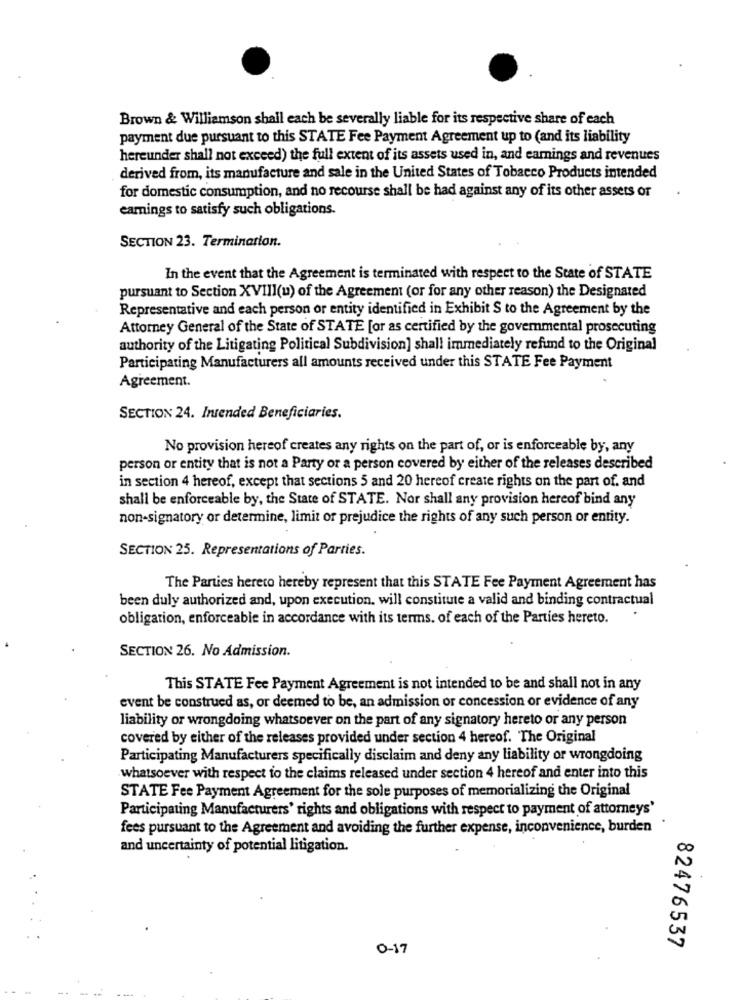
Brown & Williamson shall each be severally liable for its respective share of each
payment due pursuant to this STATE Fee Payment Agreement up to (and its liability
hereunder shall not exceed) the full extent of its assets used in, and earnings and revenues
derived from, its manufacture and sale in the United States of Tobacco Products intended
for domestic consumption, and no recourse shall be had against any of its other assets of
earnings to satisfy such obligations.
SECTION 23. Termination.
In the event that the Agreement is terminated with respect to the State of STATE
pursuant to Section XVIII(u) of the Agreement (or for any other reason) the Designated
Representative and each person or entity identified in Exhibit S to the Agreement by the
Attorney General of the State of STATE [or as certified by the governmental prosecuting
authority of the Litigating Political Subdivision] shall immediately refund to the Original
Participating Manufacturers all amounts received under this STATE Fee Payment
Agreement.
SECTION 24. Intended Beneficiaries.
No provision hereof creates any rights on the part of, or is enforceable by, any
person or entity that is not a Party or a person covered by either of the releases described
in section 4 hereof, except that sections 5 and 20 hereof create rights on the part of. and
shall be enforceable by, the State of STATE. Nor shall any provision hereof bind any
non-signatory or determine, limit or prejudice the rights of any such person or entity.
SECTION 25. Representations of Parties.
The Parties hereto hereby represent that this STATE Fee Payment Agreement has
been duly authorized and, upon execution. will constitute a valid and binding contractual
obligation, enforceable in accordance with its terms. of each of the Parties hereto.
SECTION 26. No Admission.
This STATE Fee Payment Agreement is not intended to be and shall not in any
event be construed as, or deemed to be, an admission or concession or evidence of any
liability or wrongdoing whatsoever on the part of any signatory hereto or any person
covered by either of the releases provided under section 4 hereof. The Original
Participating Manufacturers specifically disclaim and deny any liability or wrongdoing
whatsoever with respect to the claims released under section 4 hereof and enter into this
STATE Fee Payment Agreement for the sole purposes of memorializing the Original
Participating Manufacturers' rights and obligations with respect to payment of attorneys'
fees pursuant to the Agreement and avoiding the further expense, inconvenience, burden
and uncertainty of potential litigation.
82476537
0-17